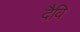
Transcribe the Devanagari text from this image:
दैवि